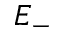
E _ { - }